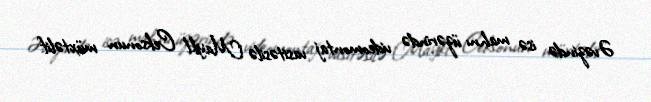
Əvəzində isə mahnı üzərində videomontaj vasitəsilə Maykl Ceksonun müxtəlif